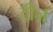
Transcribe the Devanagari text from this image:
टीज़